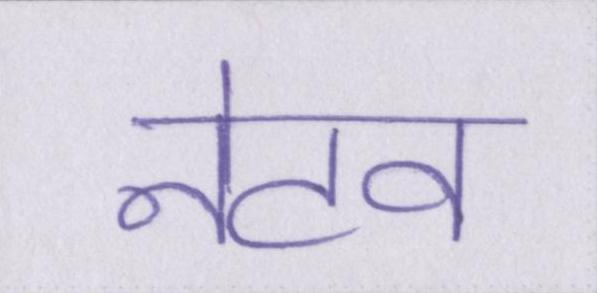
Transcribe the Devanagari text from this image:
नेटव